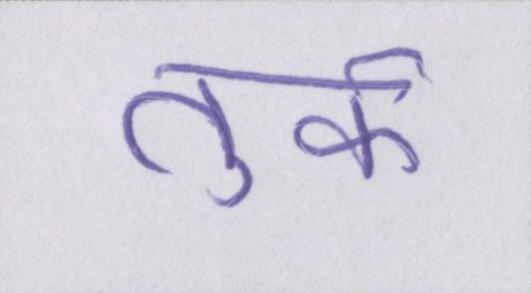
तुर्क